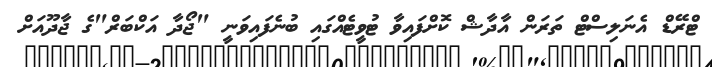
ޓްރޭޑް އެނަލިސްޓް ތަރަން އާދާޝް ކޮށްފައިވާ ޓުވީޓެއްގައި ބުނެފައިވަނީ "ޖޯދާ އަކްބަރް"ގެ ޖާދޫއަށް